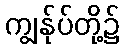
ကျွန်ုပ်တို့၌